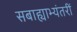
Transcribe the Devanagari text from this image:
सबाह्याभ्यंतरीं